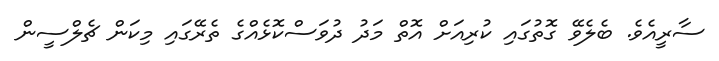
ސާރީއެވެ. ބެލެވޭ ގޮތުގައި ކުރިއަށް އޮތް މަދު ދުވަސްކޮޅެއްގެ ތެރޭގައި މިކަން ޗެލްސީން